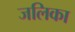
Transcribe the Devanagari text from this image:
जलिका